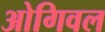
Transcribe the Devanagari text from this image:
ओगिवल